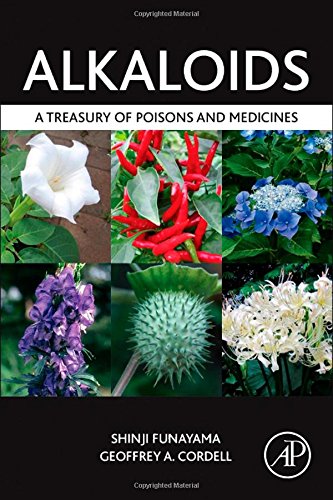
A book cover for Alkaloids: A Treasury of Poisons and Medicines; Shinji Funayama; Science & Math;